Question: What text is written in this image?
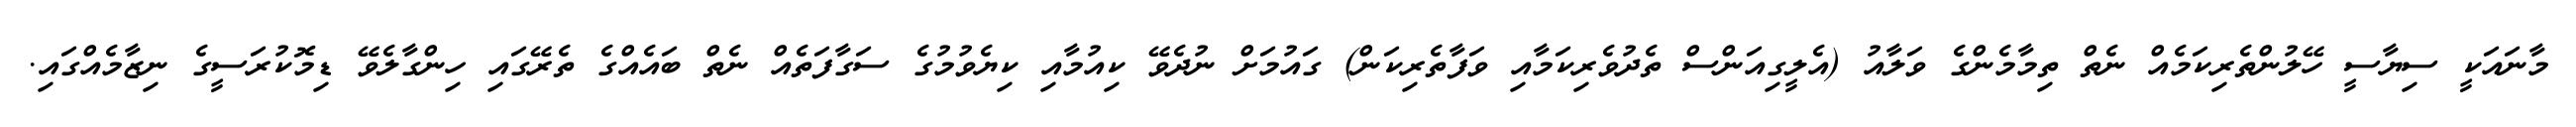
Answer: މާނައަކީ ސިޔާސީ ހޭލުންތެރިކަމެއް ނެތް ތިމާމެންގެ ވަލާއު (އެލީގިއަންސް ތެދުވެރިކަމާއި ވަފާތެރިކަން) ގައުމަށް ނުދެވޭ ކިއުމާއި ކިޔެވުމުގެ ސަގާފަތެއް ނެތް ބައެއްގެ ތެރޭގައި ހިންގާލެވޭ ޑިމޮކުރަސީގެ ނިޒާމެއްގައި.